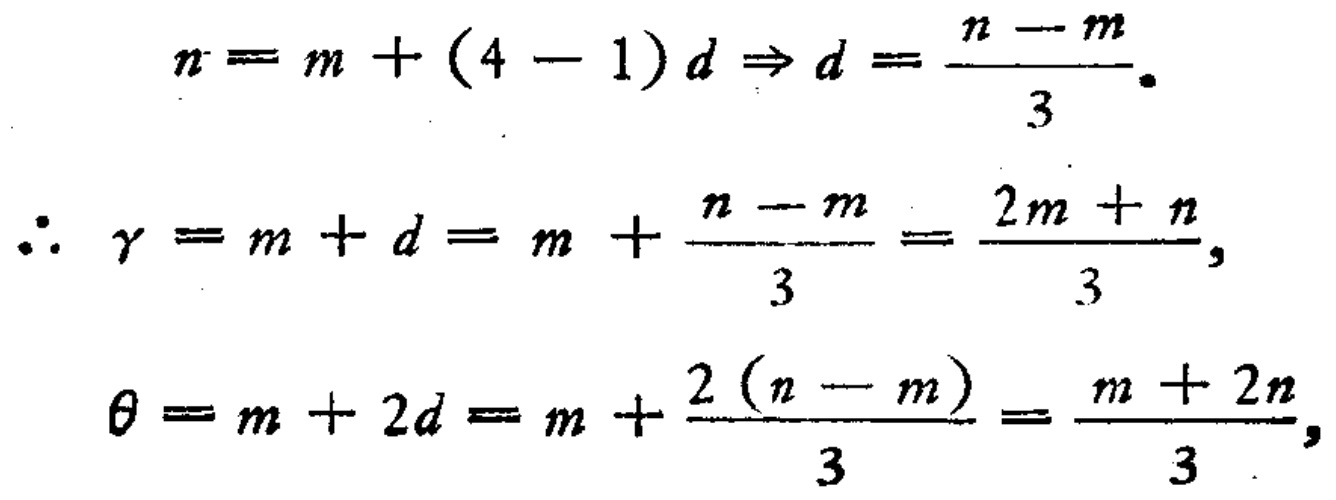
\[
\begin{align*}
n&=m+(4 - 1)d\Rightarrow d=\frac{n - m}{3}\\
\therefore \gamma&=m + d=m+\frac{n - m}{3}=\frac{2m + n}{3},\\
\theta&=m + 2d=m+\frac{2(n - m)}{3}=\frac{m + 2n}{3},
\end{align*}
\]